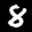
Label: 8